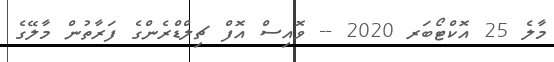
މާލެ 25 އޮކްޓޯބަރ 2020 -- ވޮއިސް އޮފް ޗިލްޑްރެންގެ ފަރާތުން މާލޭގެ